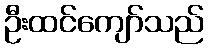
ဦးထင်ကျော်သည်